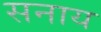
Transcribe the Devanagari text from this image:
सनाय